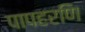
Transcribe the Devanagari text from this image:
पापहरणि